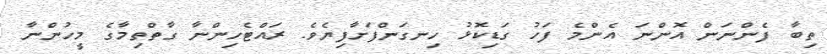
ތިބާ ފެންނަން އޮންނަ އެންމެ ފަހު ގަޑިކޮޅު ހިނގަންފަށާފިޔެވެ. ރައްޓެހިންނާ ގާތްތިމާގެ މީހުންނާ